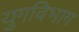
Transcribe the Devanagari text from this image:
युगविभाग